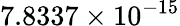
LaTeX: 7.8337\times 10^{-15}